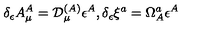
\delta _ { \epsilon } A _ { \mu } ^ { A } = { \cal D } _ { \mu } ^ { ( A ) } \epsilon ^ { A } , \delta _ { \epsilon } \xi ^ { a } = \Omega _ { A } ^ { a } \epsilon ^ { A }